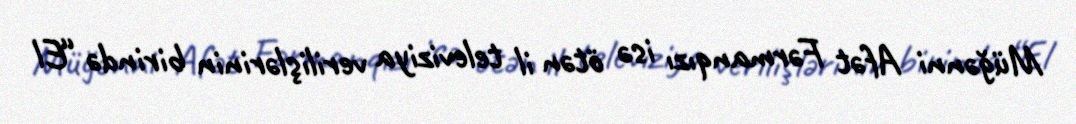
Müğənni Afət Fərmanqızı isə ötən il televiziya verilişlərinin birində “El